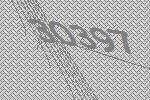
30397